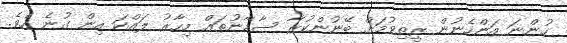
ހުންނަ އަންހެނުން ރީތިވުމަށް ބޭނުންކުރާ ސާމާނުތައް މިހާރު ލައްކަ އިން ގުނެ އެވެ.